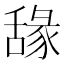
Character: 𦧫